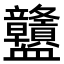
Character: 𧗜